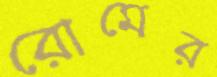
রোমের